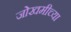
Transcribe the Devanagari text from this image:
जोखमीच्या